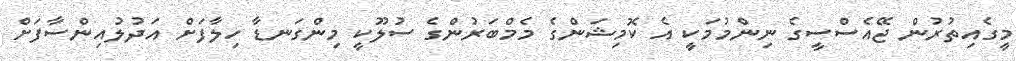
މީގެއިތުރުން ޖޭއެސްސީގެ ނިންމުމަކީ އެ ކޮމިޝަންގެ މެމްބަރުންގެ ސުލޫކީ މިންގަނޑާ ހިލާފަށް އަދުލުއިންސާފަށް